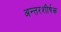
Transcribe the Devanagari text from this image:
अन्तरशीर्षक